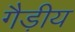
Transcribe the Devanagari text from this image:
गैड़ीय